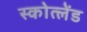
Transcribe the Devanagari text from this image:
स्कोत्लेंड